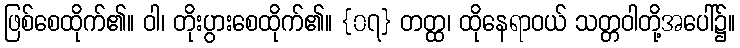
ဖြစ်စေထိုက်၏။ ဝါ၊ တိုးပွားစေထိုက်၏။ {၀၇} တတ္ထ၊ ထိုနေရာဝယ် သတ္တဝါတို့အပေါ်၌။